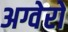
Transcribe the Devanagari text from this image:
अग्वेरो